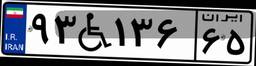
۶۹W۷۷۲۹۵